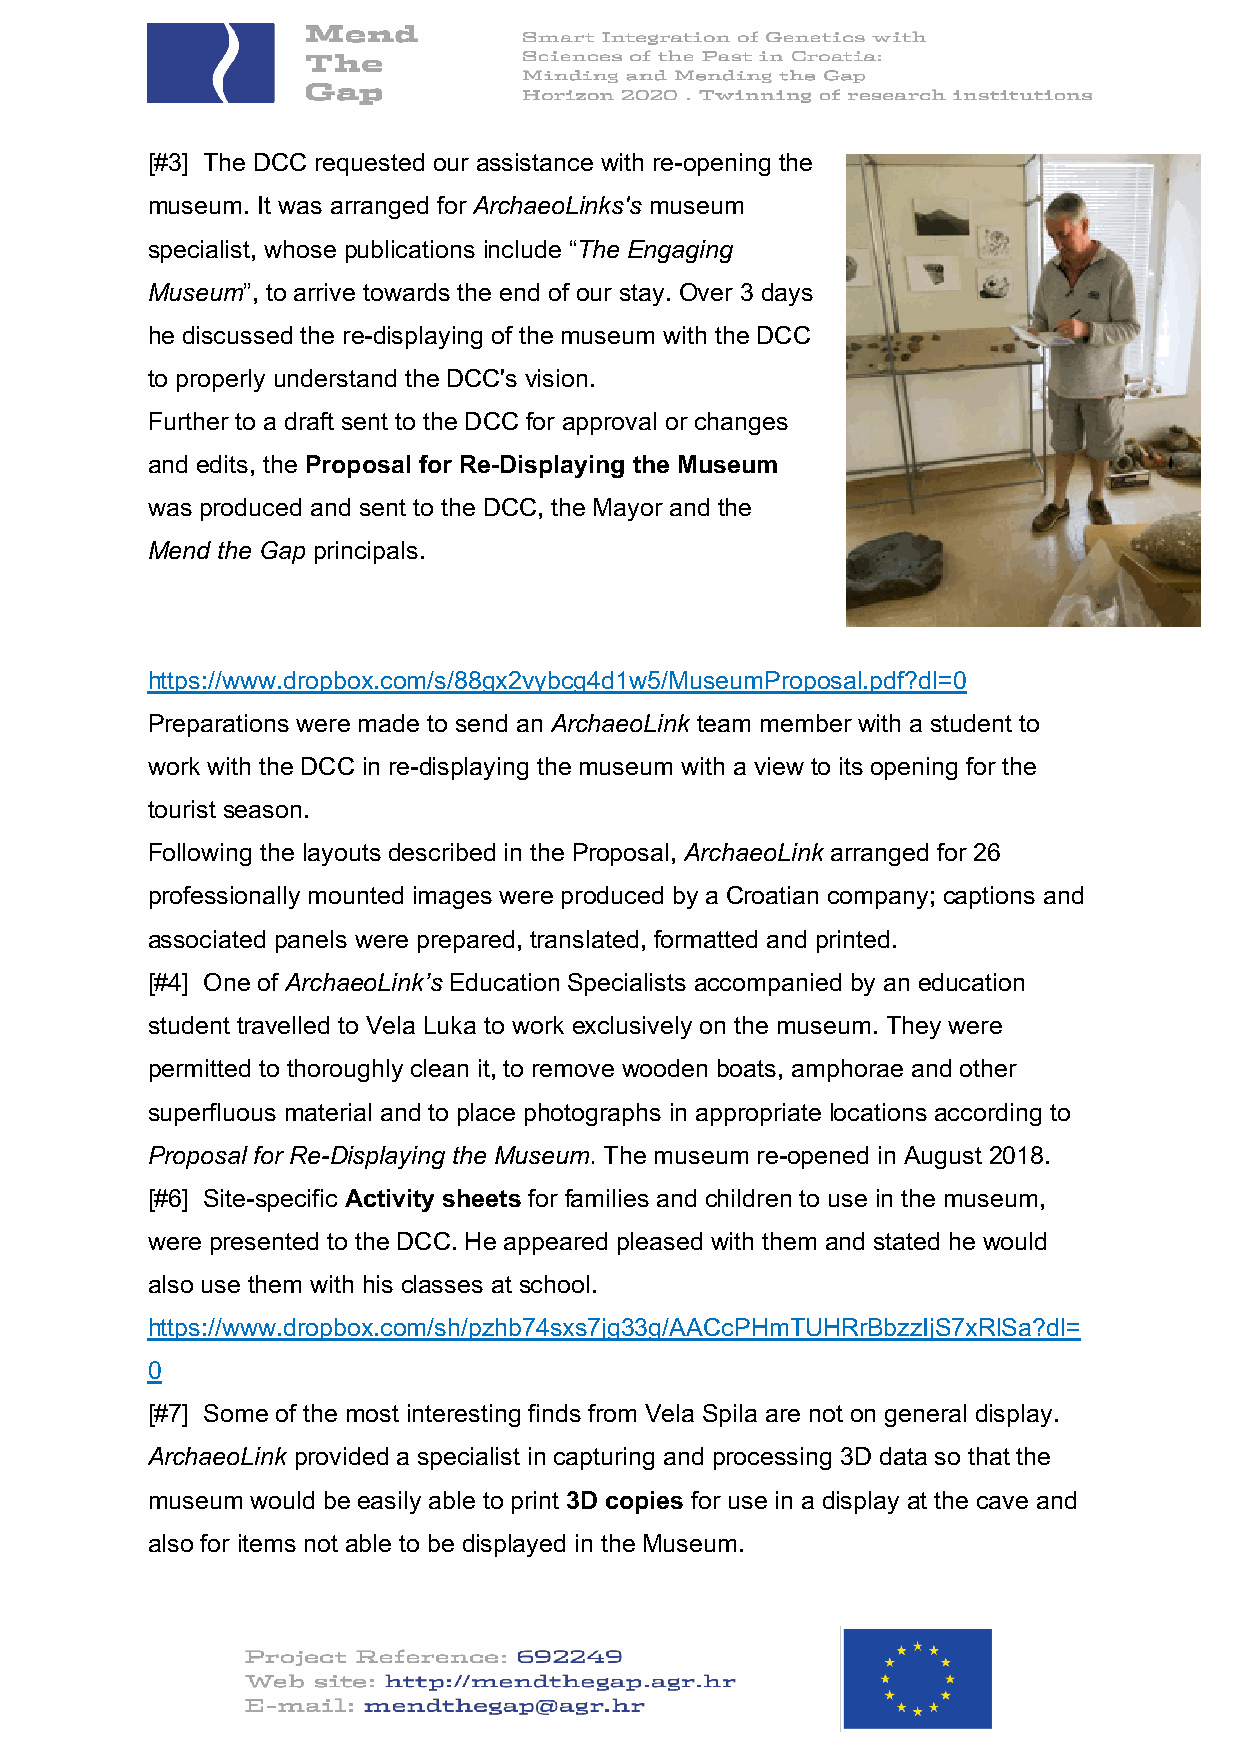
[#3] The DCC requested our assistance with re-opening the
 museum. It was arranged for ArchaeoLinks's museum
 specialist, whose publications include “The Engaging
 Museum”, to arrive towards the end of our stay. Over 3 days
 he discussed the re-displaying of the museum with the DCC
 to properly understand the DCC's vision.
 Further to a draft sent to the DCC for approval or changes
 and edits, the Proposal for Re-Displaying the Museum
 was produced and sent to the DCC, the Mayor and the
 Mend the Gap principals.
 https://www.dropbox.com/s/88gx2vybcg4d1w5/MuseumProposal.pdf?dl=0
 Preparations were made to send an ArchaeoLink team member with a student to
 work with the DCC in re-displaying the museum with a view to its opening for the
 tourist season.
 Following the layouts described in the Proposal, ArchaeoLink arranged for 26
 professionally mounted images were produced by a Croatian company; captions and
 associated panels were prepared, translated, formatted and printed.
 [#4] One of ArchaeoLink’s Education Specialists accompanied by an education
 student travelled to Vela Luka to work exclusively on the museum. They were
 permitted to thoroughly clean it, to remove wooden boats, amphorae and other
 superfluous material and to place photographs in appropriate locations according to
 Proposal for Re-Displaying the Museum. The museum re-opened in August 2018.
 [#6] Site-specific Activity sheets for families and children to use in the museum,
 were presented to the DCC. He appeared pleased with them and stated he would
 also use them with his classes at school.
 https://www.dropbox.com/sh/pzhb74sxs7jg33g/AACcPHmTUHRrBbzzIjS7xRlSa?dl=
 0
 [#7] Some of the most interesting finds from Vela Spila are not on general display.
 ArchaeoLink provided a specialist in capturing and processing 3D data so that the
 museum would be easily able to print 3D copies for use in a display at the cave and
 also for items not able to be displayed in the Museum.